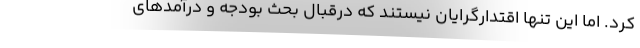
کرد. اما این تنها اقتدارگرایان نیستند که درقبال بحث بودجه و درآمدهای